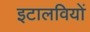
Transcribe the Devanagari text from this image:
इटालवियों